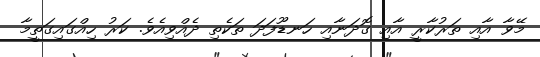
މޭވާ އާއި ތަރުކާރީ އާއި ގޮދަނާއި ހަނޑޫފަދަ ތަކެތި ދެއްވިއެވެ. ކަރު ހިއްގައިގަތީމާ